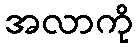
အလာကို